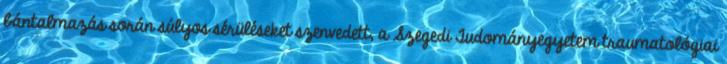
bántalmazás során súlyos sérüléseket szenvedett, a Szegedi Tudományegyetem traumatológiai